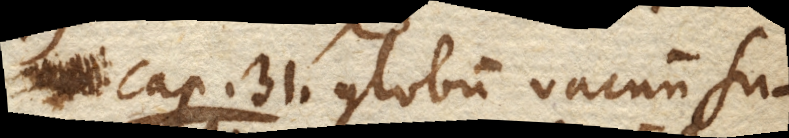
Cap. 31. Globum vacuum su–